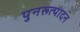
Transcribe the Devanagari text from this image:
पुनरूत्पादन